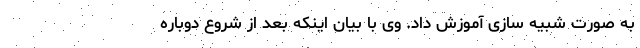
به صورت شبیه سازی آموزش داد. وی با بیان اینکه بعد از شروع دوباره